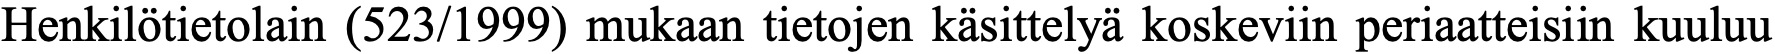
Henkilötietolain (523/1999) mukaan tietojen käsittelyä koskeviin periaatteisiin kuuluu